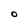
Character: O